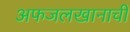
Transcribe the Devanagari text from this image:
अफजलखानाची